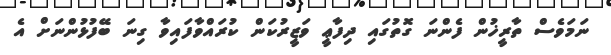
ނަމަވެސް ތާރީޚުން ފެންނަ ގޮތުގައި ދިފާޢީ ވަޒީރުކަން ކުރައްވާފައިވާ ގިނަ ބޭފުޅުންނަށް އެ